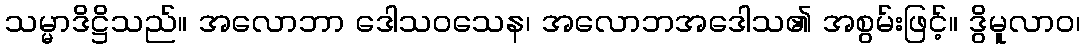
သမ္မာဒိဋ္ဌိသည်။ အလောဘာ ဒေါသဝသေန၊ အလောဘအဒေါသ၏ အစွမ်းဖြင့်။ ဒွိမူလာဝ၊